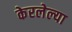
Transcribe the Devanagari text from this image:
केरलेल्या